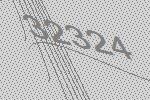
32324